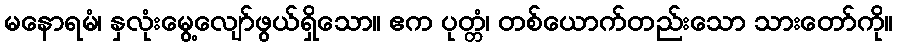
မနောရမံ၊ နှလုံးမွေ့လျော်ဖွယ်ရှိသော။ ဧက ပုတ္တံ၊ တစ်ယောက်တည်းသော သားတော်ကို။